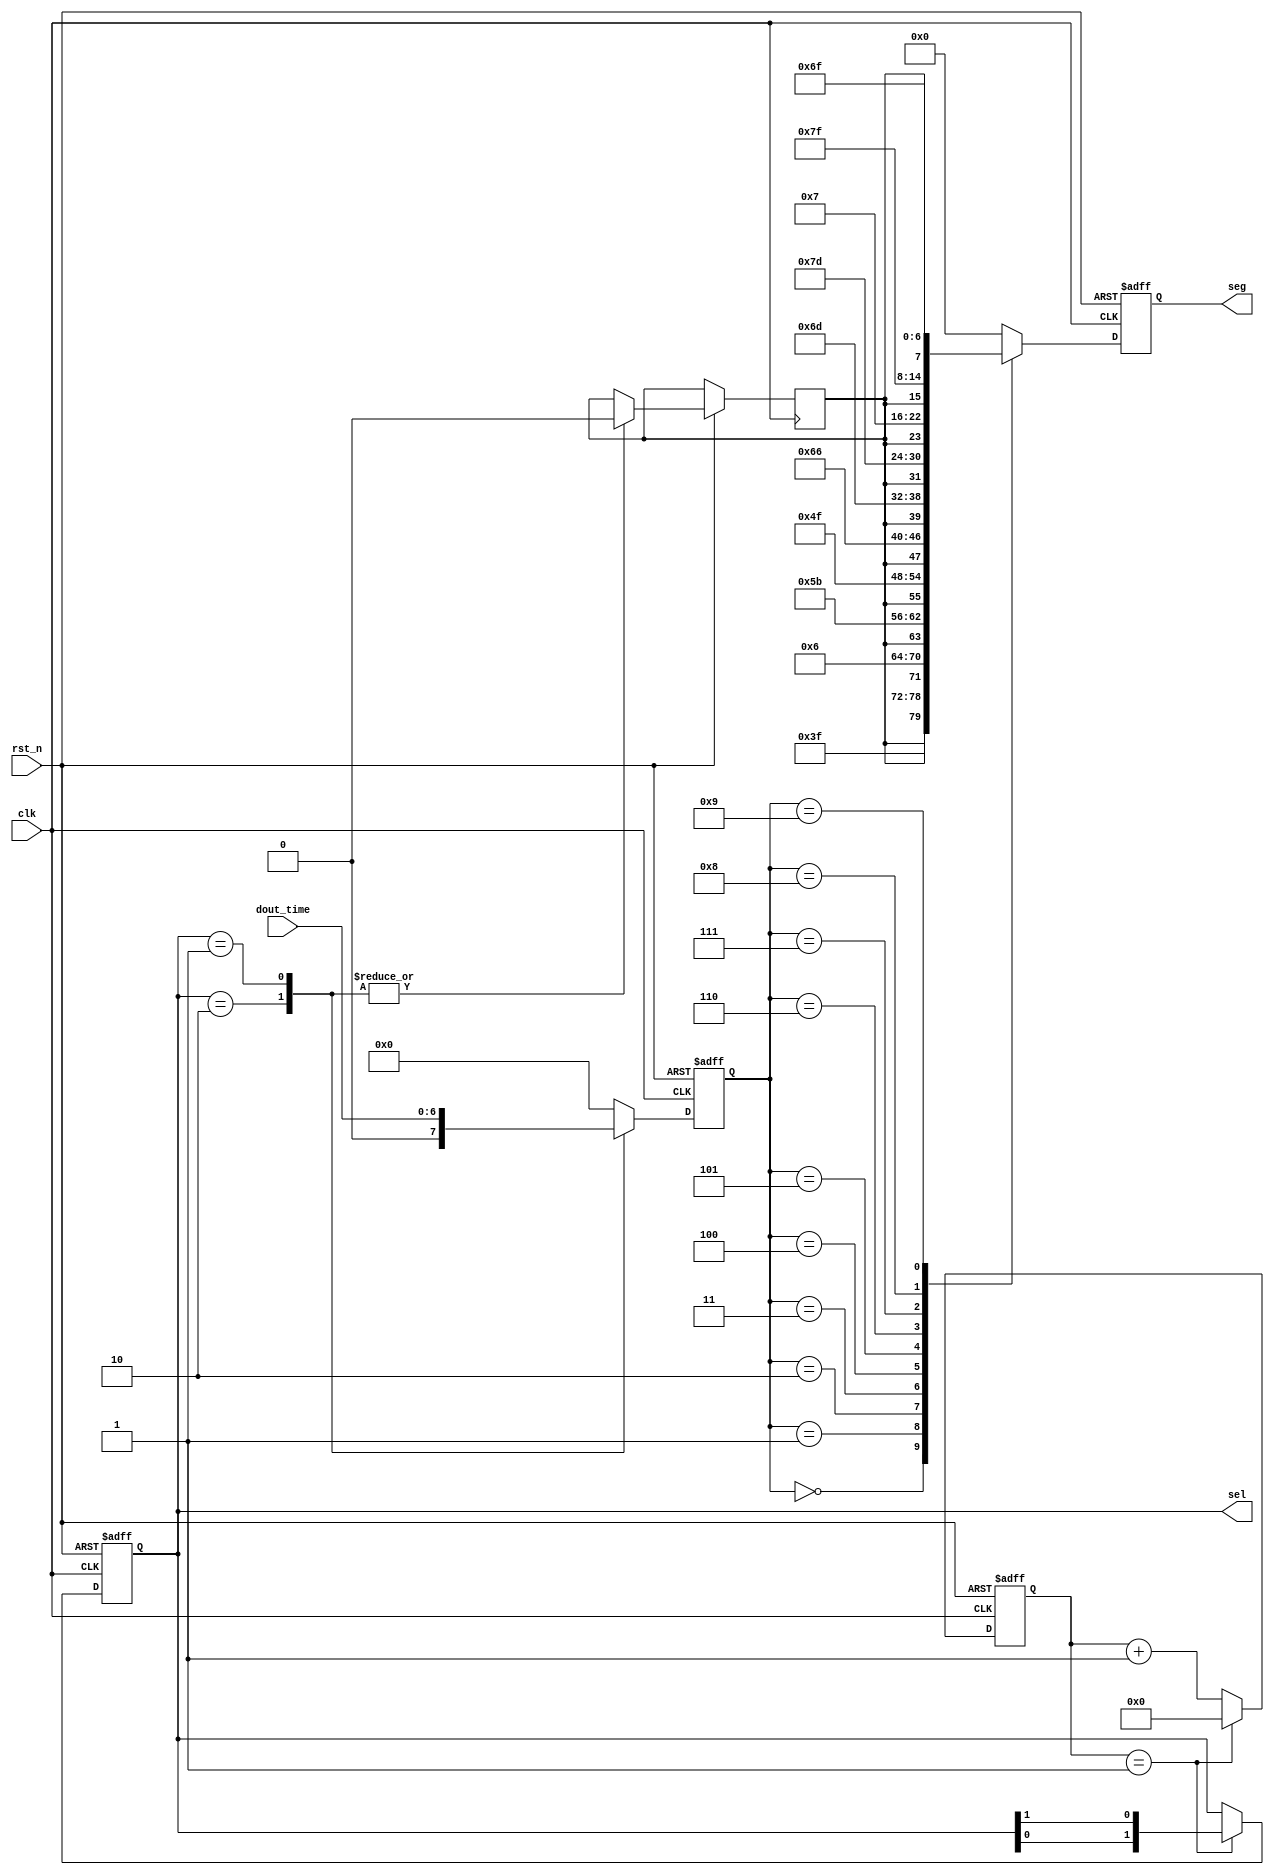
module seg_driver (
    input  wire          clk,
    input  wire          rst_n,
    input  wire [6:0]   dout_time,
    output reg  [1:0]    sel,
    output reg  [7:0]    seg
);
reg [3:0]       seg_flag;
reg             dot;  

//10ms
reg [15:0]      cnt;
wire            add_cnt;
wire            end_cnt;

parameter       MAX_CNT =2'b10    ,
                ZERO    =7'b011_1111,
                ONE     =7'b000_0110,
                TWO     =7'b101_1011,
                THREE   =7'b100_1111,
                FOUR    =7'b110_0110,
                FIVE    =7'b110_1101,
                SIX     =7'b111_1101,
                SEVEN   =7'b000_0111,
                EIGHT   =7'b111_1111,
                NINE    =7'b110_1111;



//timer
always @(posedge clk or negedge rst_n) begin
    if(!rst_n) begin
        cnt<=0;
    end
    else if (end_cnt) begin
            cnt<=0;
        end
    else
        cnt<=cnt+1;
end
assign add_cnt=1'b1;
assign end_cnt=(cnt==MAX_CNT-1);

//sel
always @(posedge clk or negedge rst_n) begin
    if (!rst_n) begin
        sel<=2'b01;
    end
    else if(cnt==MAX_CNT-1) begin
        sel<={sel[0],sel[1]};
    end
end  

//change the Nixie Tube
always @(posedge clk or negedge rst_n) begin
    if (!rst_n) begin
        seg_flag<=0;
    end
    else begin
        case (sel)
            2'b10: begin seg_flag<=dout_time[6:4];   dot<=1'b0;end  //   
            2'b01: begin seg_flag<=dout_time[3:0];   dot<=1'b0;end  //   
            default :seg_flag<=0;
        endcase
    end
end


//dispaly the number
always @(posedge clk or negedge rst_n) begin
    if (!rst_n) begin
        seg<=8'b0000_0000;
    end
    else begin
        case (seg_flag)     
            0:  seg<={dot,ZERO}    ;
            1:  seg<={dot,ONE}     ;
            2:  seg<={dot,TWO}     ;
            3:  seg<={dot,THREE}   ;
            4:  seg<={dot,FOUR}    ;
            5:  seg<={dot,FIVE}    ;
            6:  seg<={dot,SIX}     ;
            7:  seg<={dot,SEVEN}   ;
            8:  seg<={dot,EIGHT}   ;
            9:  seg<={dot,NINE}    ;
            default: seg<=8'b0000_0000;
        endcase
    end
end

endmodule //seg_driver